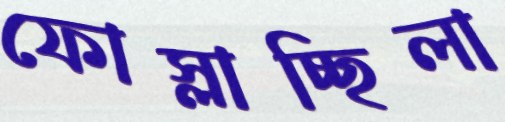
ফোস্‌লাচ্ছিলা